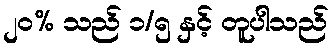
၂၀% သည် ၁/၅ နှင့် တူပါသည်